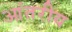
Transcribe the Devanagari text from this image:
आंतरीय